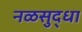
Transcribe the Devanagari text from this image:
नळसुद्धा